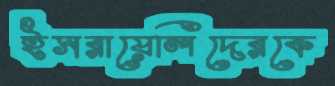
ইসরায়েলিদেরকে